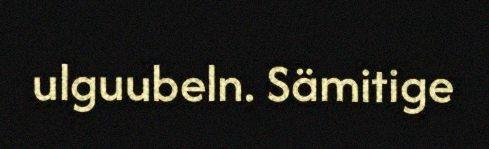
ulguubeln. Sämitige